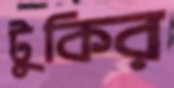
টুকির